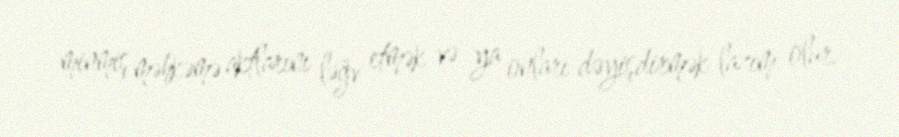
minmiş məhkəmə aktlarını ləğv etmək və ya onları dəyişdirmək lazım olur.